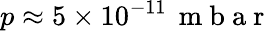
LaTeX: p\approx 5\times 10^{-11}\, \mathrm{~m~b~a~r~}